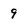
Character: 9